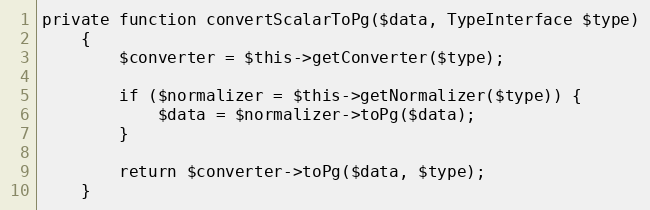
Language: PHP
private function convertScalarToPg($data, TypeInterface $type)
    {
        $converter = $this->getConverter($type);

        if ($normalizer = $this->getNormalizer($type)) {
            $data = $normalizer->toPg($data);
        }

        return $converter->toPg($data, $type);
    }